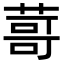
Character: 䔅